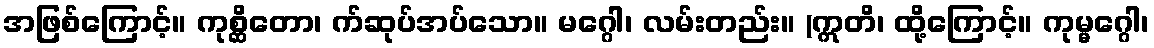
အဖြစ်ကြောင့်။ ကုစ္ဆိတော၊ က်ဆုပ်အပ်သော။ မဂ္ဂေါ၊ လမ်းတည်း။ (ဣတိ၊ ထို့ကြောင့်။ ကုမ္မဂ္ဂေါ၊